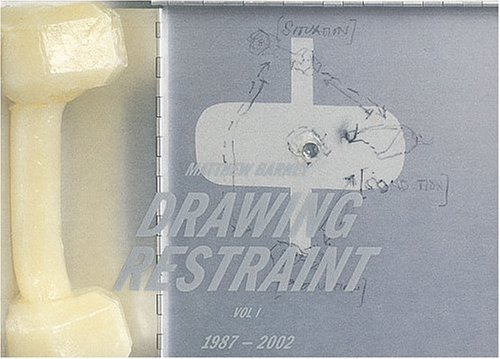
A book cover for Matthew Barney: Drawing Restraint Vol.1; Francis Mckee; Arts & Photography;